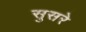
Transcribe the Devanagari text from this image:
सुसरे